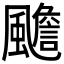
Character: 𲋉